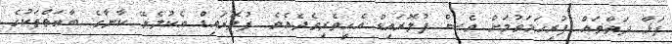
ފަޅާ ދަތްތައް ފުރިހަމަވުމަށް ވެސް ފުލޮރައިޑް އެހީތެރިވެދެއެވެ. ފުލޮރައިޑް އެކުލެވޭ ކާނާގެ ބާވަތްތަކުގެ